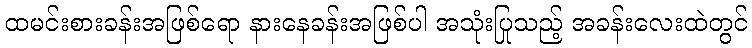
ထမင်းစားခန်းအဖြစ်ရော နားနေခန်းအဖြစ်ပါ အသုံးပြုသည့် အခန်းလေးထဲတွင်